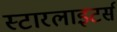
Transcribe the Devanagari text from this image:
स्टारलाइटर्स